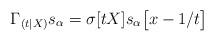
LaTeX: \begin{align*} \Gamma_{(t|X)} s_\alpha = \sigma[tX] s_{\alpha}\big[x-1/t\big]\end{align*}